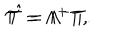
{ \cal T } = \Lambda ^ { + } T , \hspace { 1 c m } \hat { \cal T } = \Lambda ^ { - } T .